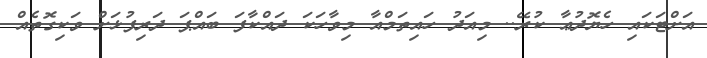
އަށްޓަކައި ހެޔޮދުޢާ ކުރޭ.. މިއަދު ހައިތަމްއާ މިވާހަކަ ދައްކާފަ ބައްޕަ ދަރިފުޅަށް ވަކިގޮތެއް